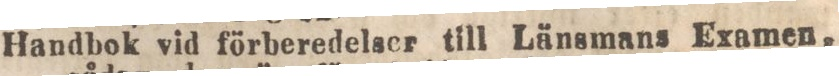
Handbok vid förberedelser till Länsmans Examen,